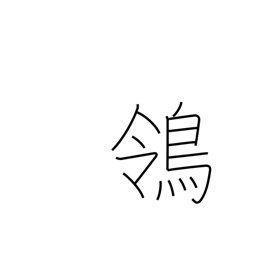
Meaning: wagtail